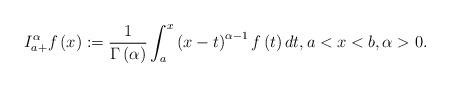
LaTeX: \begin{align*}I_{a+}^{\alpha }f \left ( x \right ):=\frac{1}{\Gamma \left ( \alpha \right )}\int_{a}^{x}\left ( x-t \right )^{\alpha -1}f\left ( t \right )dt,a<x<b,\alpha>0.\end{align*}